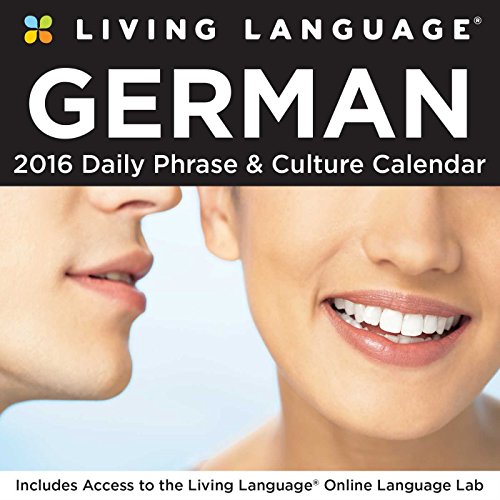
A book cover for Living Language: German 2016 Day-to-Day Calendar; Random House Direct; Calendars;